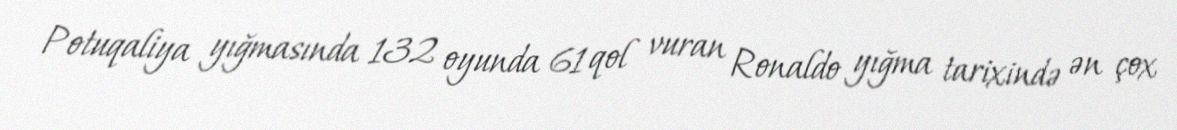
Potuqaliya yığmasında 132 oyunda 61 qol vuran Ronaldo yığma tarixində ən çox